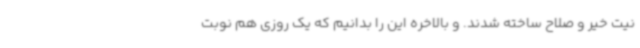
نیت خیر و صلاح ساخته شدند. و بالاخره این را بدانیم که یک روزی هم نوبت